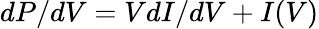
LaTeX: dP/dV=VdI/dV+I(V)